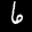
Label: 6